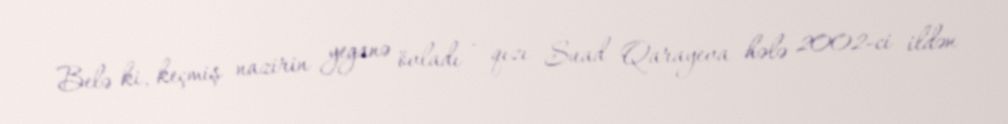
Belə ki, keçmiş nazirin yeganə övladı - qızı Suad Qarayeva hələ 2002-ci ildən